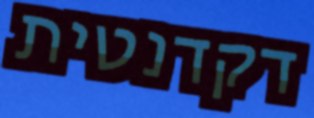
דקדנטית